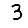
Digit: 3